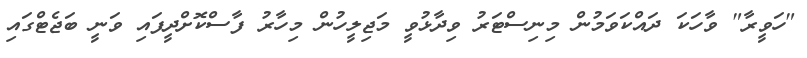
"ހަވީރާ" ވާހަކަ ދައްކަވަމުން މިނިސްޓަރު ވިދާޅުވީ މަޖިލީހުން މިހާރު ފާސްކޮށްދީފައި ވަނީ ބަޖެޓްގައި